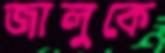
জালুকে